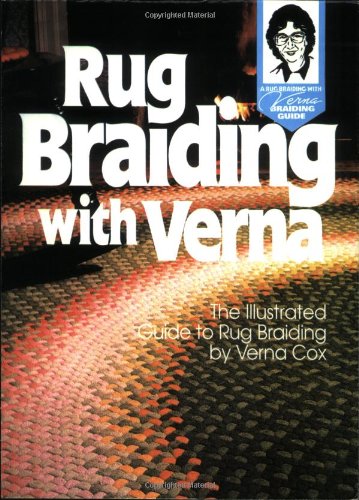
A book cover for Rug Braiding; Verna Cox; Crafts, Hobbies & Home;